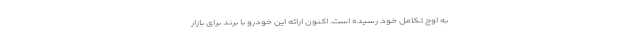
به اوج تکامل خود رسیده است. اکنون ارائه این خودرو با برند برای بازار